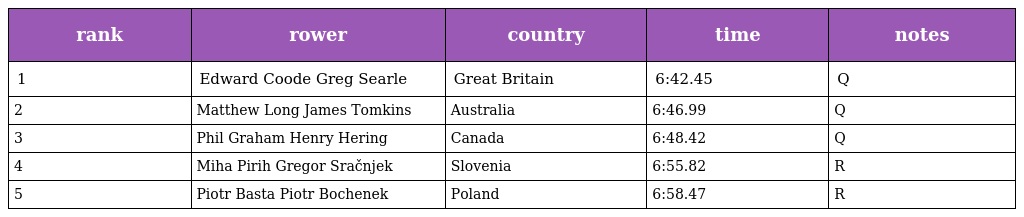
| rank | rower | country | time | notes |
 | --- | --- | --- | --- | --- |
 | 1 | Edward Coode Greg Searle | Great Britain | 6:42.45 | Q |
 | 2 | Matthew Long James Tomkins | Australia | 6:46.99 | Q |
 | 3 | Phil Graham Henry Hering | Canada | 6:48.42 | Q |
 | 4 | Miha Pirih Gregor Sračnjek | Slovenia | 6:55.82 | R |
 | 5 | Piotr Basta Piotr Bochenek | Poland | 6:58.47 | R |